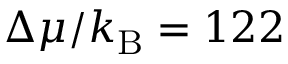
\Delta \mu / k _ { \mathrm { B } } = 1 2 2